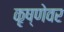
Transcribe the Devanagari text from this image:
कृष्णेवर